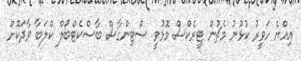
އިއްޔެ ހަވީރު ކުޅުނު މެޗުން ޓީރެކްސް މޮޅުވީ ސްޓިންގާސް ބާސްކެޓްބޯލް ކްލަބާ ވާދަކޮށް